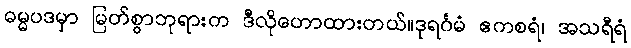
ဓမ္မပဒမှာ မြတ်စွာဘုရားက ဒီလိုဟောထားတယ်။ဒုရင်္ဂမံ ဧကစရံ၊ အသရီရံ